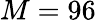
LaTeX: M=96